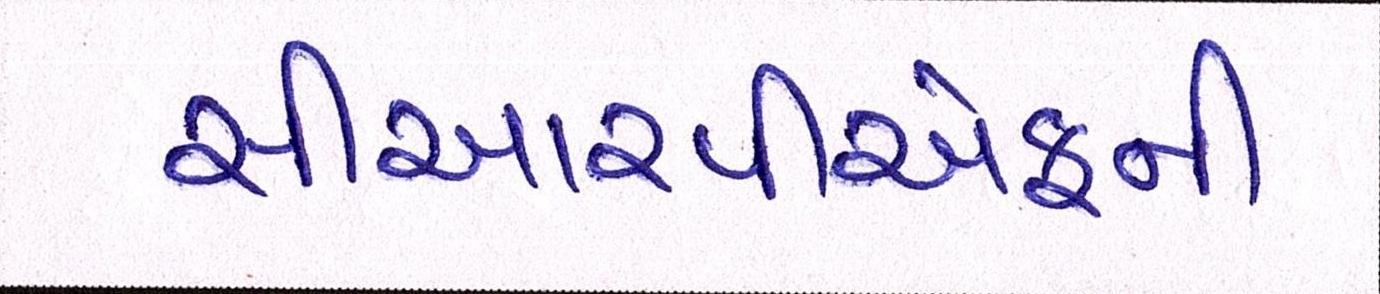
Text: સીઆરપીએફની